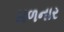
મળનાર